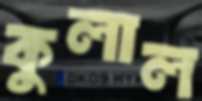
কুলাল